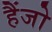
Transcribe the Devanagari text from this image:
हैंजो